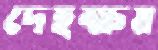
দেহক্ষয়